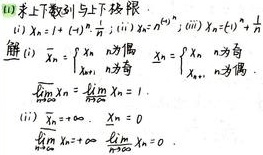
(1) 求下列数列的上、下极限。
(i) \(x_n = 1+(-1)^n\cdot\frac{1}{n}\)；(ii) \(x_n = n^2\)；(iii) \(x_n = \left(1 + \frac{1}{n}\right)^n+(-1)^n n\)。

解：
(i)
\(\overline{\lim\limits_{n\rightarrow\infty}}x_n\)：\(n\)为偶
\(\underline{\lim\limits_{n\rightarrow\infty}}x_n\)：\(n\)为奇
\(\overline{\lim\limits_{n\rightarrow\infty}}x_n=\lim\limits_{\substack{n\rightarrow\infty\\n\text{ 为偶}}}x_n = 1\)，\(\underline{\lim\limits_{n\rightarrow\infty}}x_n=\lim\limits_{\substack{n\rightarrow\infty\\n\text{ 为奇}}}x_n = 1\)。

(ii)
\(\overline{\lim\limits_{n\rightarrow\infty}}x_n=+\infty\)，\(\underline{\lim\limits_{n\rightarrow\infty}}x_n = 0\)
\(\lim\limits_{\substack{n\rightarrow\infty\\n\text{ 为某子列}}}x_n=+\infty\)，\(\lim\limits_{\substack{n\rightarrow\infty\\n\text{ 为某子列}}}x_n = 0\)。